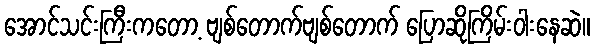
အောင်သင်းကြီးကတော့ ဗျစ်တောက်ဗျစ်တောက် ပြောဆိုကြိမ်းဝါးနေဆဲ။